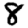
Digit: 8